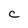
Character: C